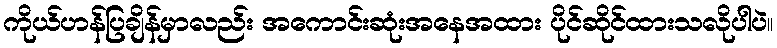
ကိုယ်ဟန်ပြချိန်မှာလည်း အကောင်းဆုံးအနေအထား ပိုင်ဆိုင်ထားသလိုပါပဲ။